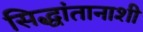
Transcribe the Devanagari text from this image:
सिद्धांतानाशी